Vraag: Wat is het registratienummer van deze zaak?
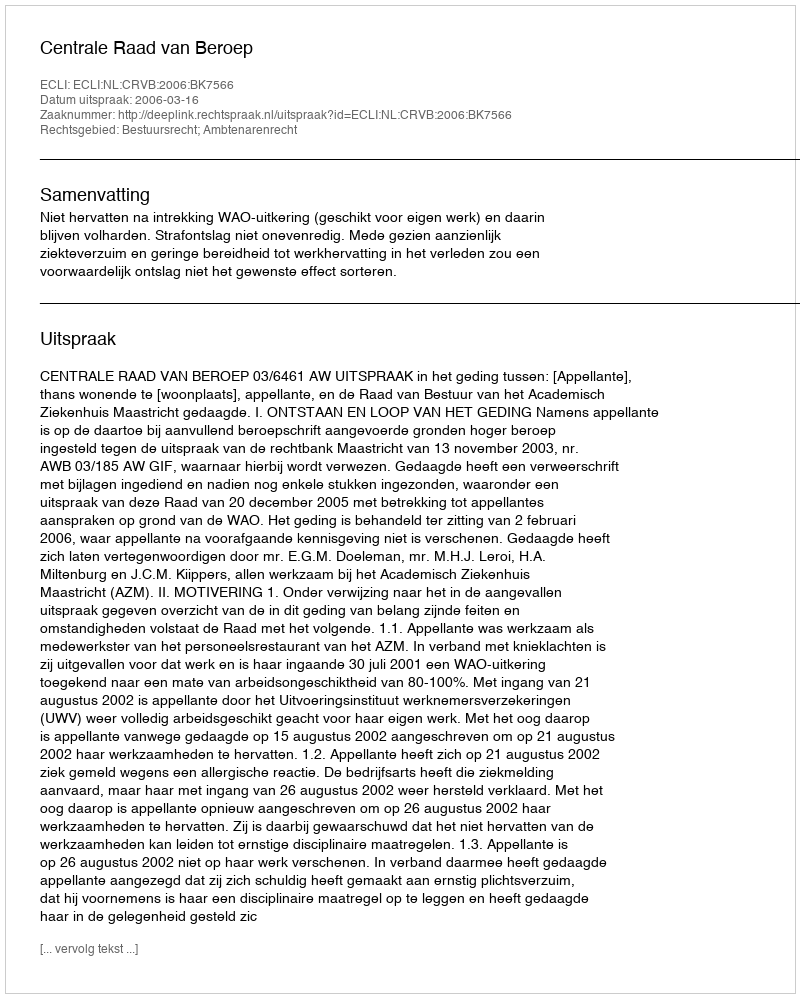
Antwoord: http://deeplink.rechtspraak.nl/uitspraak?id=ECLI:NL:CRVB:2006:BK7566